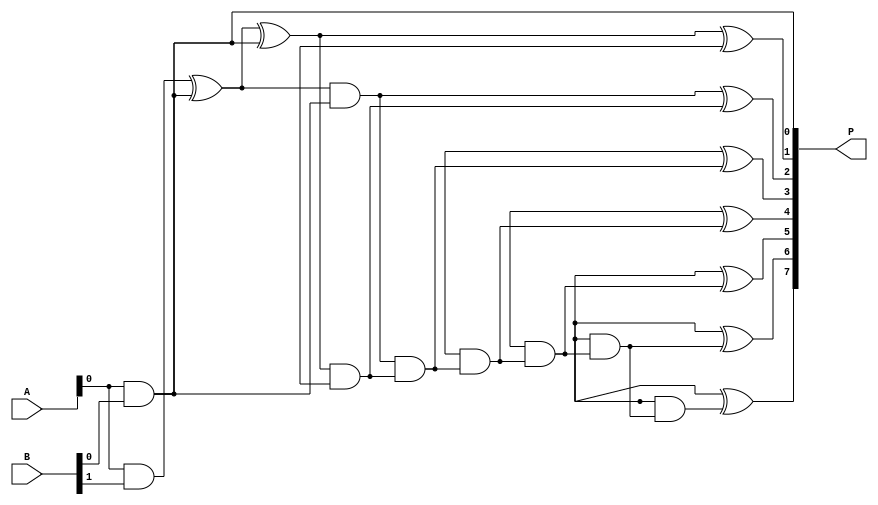
module dadda_multiplier #(parameter N = 4) (
    input [N-1:0] A,
    input [N-1:0] B,
    output [2*N-1:0] P
);

    // Generate Partial Products
    wire [N-1:0] pp [N-1:0]; // Partial products
    genvar i, j;
    generate
        for (i = 0; i < N; i = i + 1) begin : partial_products
            for (j = 0; j < N; j = j + 1) begin : pp_gen
                assign pp[i][j] = A[j] & B[i];
            end
        end
    endgenerate

    // Stage 1 - Reduction of Partial Products
    wire [N-1:0] stage1 [N:0]; // Stage 1 outputs
    assign stage1[0] = pp[0];
    generate
        for (i = 1; i < N; i = i + 1) begin : reduction_stage1
            assign stage1[i] = pp[i] ^ pp[i-1]; // XOR for half adder
            assign stage1[i+1] = pp[i] & pp[i-1]; // AND for carry
        end
    endgenerate

    // Stage 2 - Reduce further
    wire [N-1:0] stage2 [N:0]; // Stage 2 outputs
    assign stage2[0] = stage1[0];
    generate
        for (i = 1; i < (N+1)/2; i = i + 1) begin : reduction_stage2
            assign stage2[i] = stage1[i] ^ stage1[i-1]; // XOR for half adder
            assign stage2[i+1] = stage1[i] & stage1[i-1]; // AND for carry
        end
    endgenerate

    // Final Addition
    wire [2*N-1:0] sum; // Final sum
    wire [2*N-1:0] carry; // Carry bits
    assign sum[0] = stage2[0][0];
    generate
        for (i = 1; i < 2*N; i = i + 1) begin : final_adder
            assign sum[i] = stage2[i][0] ^ carry[i-1]; // Final sum
            assign carry[i] = stage2[i][0] & carry[i-1]; // Final carry
        end
    endgenerate

    // Final Product Output
    assign P = sum;

endmodule